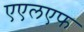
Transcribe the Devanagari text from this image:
एएलएफ